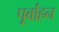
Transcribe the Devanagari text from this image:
पूर्वाहन